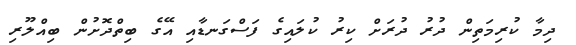
ދިމާ ކުރިމަތިން ދުރު ދުރަށް ކިރު ކުލައިގެ ފަސްގަނޑާއި އޭގެ ބިތްދޮށުން ބިއްލޫރި